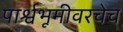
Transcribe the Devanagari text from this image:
पार्श्वभूमीवरचेच